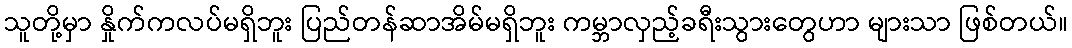
သူတို့မှာ နှိုက်ကလပ်မရှိဘူး ပြည်တန်ဆာအိမ်မရှိဘူး ကမ္ဘာလှည့်ခရီးသွားတွေဟာ များသာ ဖြစ်တယ်။